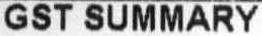
GST SUMMARY